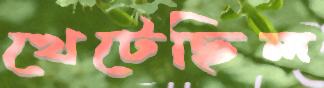
খেটেছিল